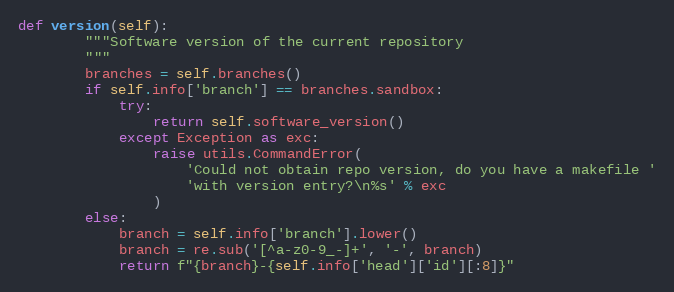
Language: Python
def version(self):
        """Software version of the current repository
        """
        branches = self.branches()
        if self.info['branch'] == branches.sandbox:
            try:
                return self.software_version()
            except Exception as exc:
                raise utils.CommandError(
                    'Could not obtain repo version, do you have a makefile '
                    'with version entry?\n%s' % exc
                )
        else:
            branch = self.info['branch'].lower()
            branch = re.sub('[^a-z0-9_-]+', '-', branch)
            return f"{branch}-{self.info['head']['id'][:8]}"